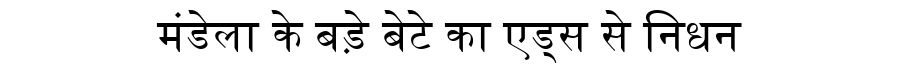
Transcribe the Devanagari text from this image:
मंडेला के बड़े बेटे का एड्स से निधन